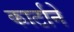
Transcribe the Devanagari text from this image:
कार्टाने